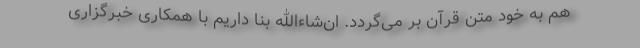
هم به خود متن قرآن بر می‌گردد. ان‌شاءالله بنا داریم با همکاری خبرگزاری